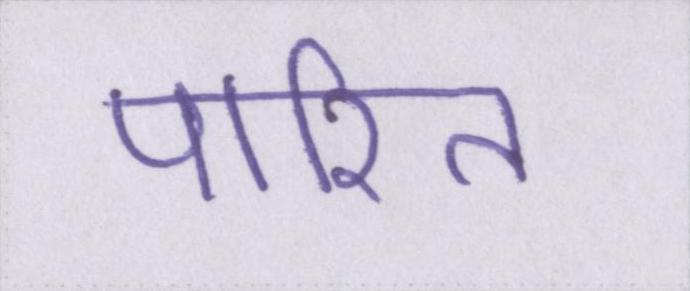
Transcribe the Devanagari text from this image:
पारित